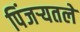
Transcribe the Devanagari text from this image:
पिंजर्‍यतले